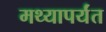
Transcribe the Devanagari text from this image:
मथ्यापर्यंत